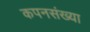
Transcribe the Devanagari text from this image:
कपनसंख्या